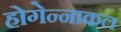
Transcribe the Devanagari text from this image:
होगेन्नाकल